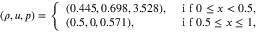
\left( \rho , u , p \right) = \left\{ \begin{array} { l l } { ( 0 . 4 4 5 , 0 . 6 9 8 , 3 . 5 2 8 ) , } & { \mathrm { ~ i ~ f ~ } 0 \leq x < 0 . 5 , } \\ { ( 0 . 5 , 0 , 0 . 5 7 1 ) , } & { \mathrm { ~ i ~ f ~ } 0 . 5 \leq x \leq 1 , } \end{array} \right.